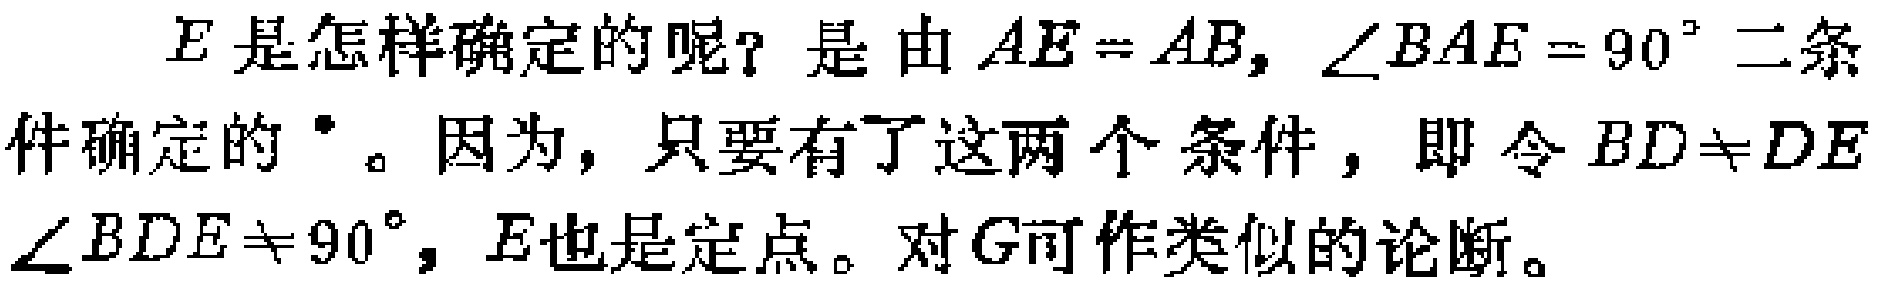
$E$是怎样确定的呢？是由$AE = AB$, $\angle BAE = 90^{\circ}$二条件确定的$^{*}$。因为，只要有了这两个条件，即令$BD\neq DE$ $\angle BDE\neq 90^{\circ}$, $E$也是定点。对$G$可作类似的论断。